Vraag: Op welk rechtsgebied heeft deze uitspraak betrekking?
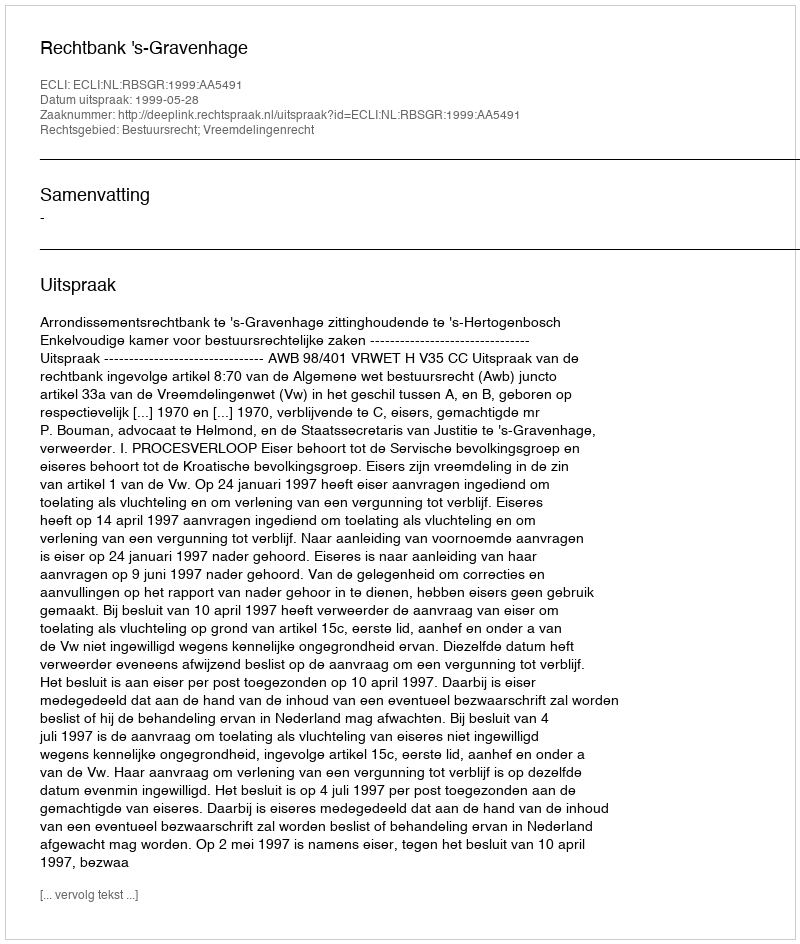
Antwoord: Bestuursrecht; Vreemdelingenrecht